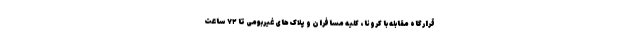
قرارگاه مقابله با کرونا، ‌ کلیه مسافران و پلاک‌های غیربومی تا ۷۲ ساعت